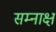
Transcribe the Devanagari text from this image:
सम्नाक्ष